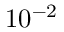
1 0 ^ { - 2 }